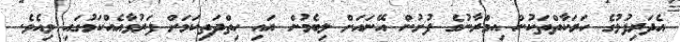
އެދަރިފުޅުގެ ހަރަކާތްތަކުން އިމްރާނުގެ ފުށުން އޭނައަށް ލިބެމުން އައި ހިތްދަތިކަމަށް ފަރުވާއެއްކަމުގައި ވިއެވެ.